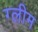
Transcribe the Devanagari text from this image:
ग्लीम